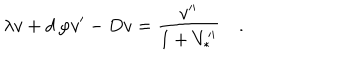
LaTeX: \lambda v + d \, \varphi v ^ { \prime } - D v = { \frac { v ^ { \prime \prime } } { 1 + V _ { * } ^ { \prime \prime } } } \quad .